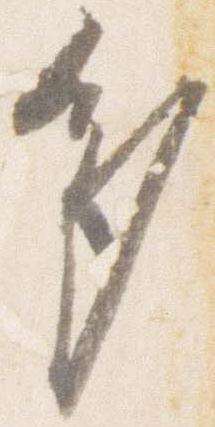
多